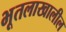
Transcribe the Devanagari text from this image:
भूतलाखालील